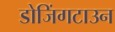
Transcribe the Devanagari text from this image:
डोजिंगटाउन